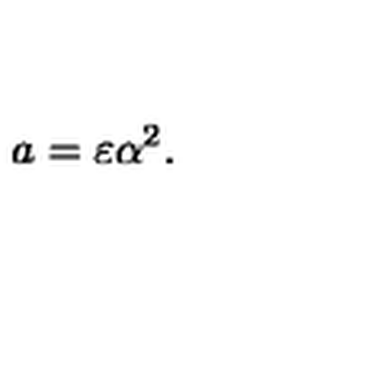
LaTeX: a = \varepsilon \alpha ^ { 2 } .